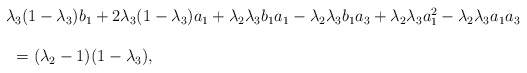
\begin{align*}\begin{array}{lll} && \lambda_3(1-\lambda_3)b_1+2\lambda_3(1-\lambda_3)a_1+\lambda_2\lambda_3b_1a_1-\lambda_2\lambda_3b_1a_3+\lambda_2\lambda_3a_1^2-\lambda_2\lambda_3a_1a_3\ \\\\&&\ \ =(\lambda_2-1)(1-\lambda_3),\end{array}\end{align*}